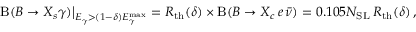
\mathrm { B } ( B \to X _ { s } \gamma ) \big | _ { E _ { \gamma } > ( 1 - \delta ) E _ { \gamma } ^ { \mathrm { m a x } } } = R _ { \mathrm { t h } } ( \delta ) \times \mathrm { B } ( B \to X _ { c } \, e \, \bar { \nu } ) = 0 . 1 0 5 N _ { \mathrm { S L } } \, R _ { \mathrm { t h } } ( \delta ) \, ,